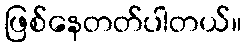
ဖြစ်နေတတ်ပါတယ်။